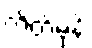
ကိတ်မုန့်